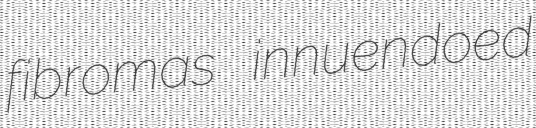
fibromas innuendoed